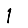
Digit: 1